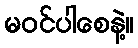
မဝင်ပါစေနဲ့။